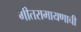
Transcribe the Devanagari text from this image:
गीतरामायणाची